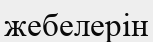
жебелерін